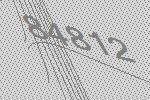
84812